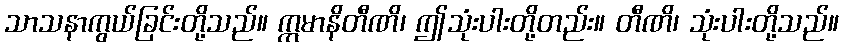
သာသနာကွယ်ခြင်းတို့သည်။ ဣမာနိတီဏိ၊ ဤသုံးပါးတို့တည်း။ တီဏိ၊ သုံးပါးတို့သည်။